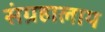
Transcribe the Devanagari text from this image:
संग्रहालाय